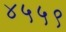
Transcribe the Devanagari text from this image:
४५५९